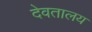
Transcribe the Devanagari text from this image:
देवतालय